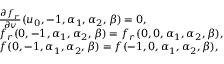
\begin{array} { r l } & { \frac { \partial f _ { r } } { \partial v } ( u _ { 0 } , - 1 , \alpha _ { 1 } , \alpha _ { 2 } , \beta ) = 0 , } \\ & { f _ { r } ( 0 , - 1 , \alpha _ { 1 } , \alpha _ { 2 } , \beta ) = f _ { r } ( 0 , 0 , \alpha _ { 1 } , \alpha _ { 2 } , \beta ) , } \\ & { f ( 0 , - 1 , \alpha _ { 1 } , \alpha _ { 2 } , \beta ) = f ( - 1 , 0 , \alpha _ { 1 } , \alpha _ { 2 } , \beta ) , } \end{array}